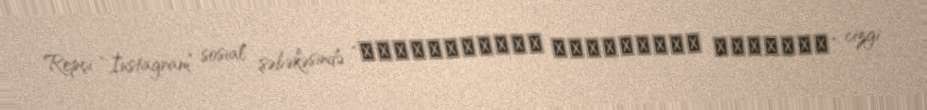
Repçi “İnstagram” sosial şəbəkəsində “Приключения поросенка Фунтика” cizgi